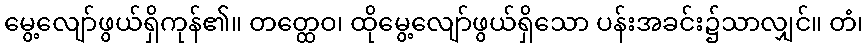
မွေ့လျော်ဖွယ်ရှိကုန်၏။ တတ္ထေဝ၊ ထိုမွေ့လျော်ဖွယ်ရှိသော ပန်းအခင်း၌သာလျှင်။ တံ၊